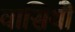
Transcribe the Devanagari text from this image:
वासियोँ